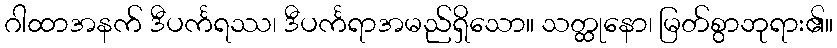
ဂါထာအနက် ဒီပင်္ကရဿ၊ ဒီပင်္ကရာအမည်ရှိသော။ သတ္ထုနော၊ မြတ်စွာဘုရား၏။